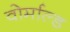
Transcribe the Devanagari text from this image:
वोर्माल्ड